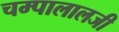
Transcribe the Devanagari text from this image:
चम्पालालजी